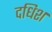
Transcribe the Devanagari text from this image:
दधिश